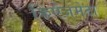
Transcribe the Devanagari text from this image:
किऐज़मेटा